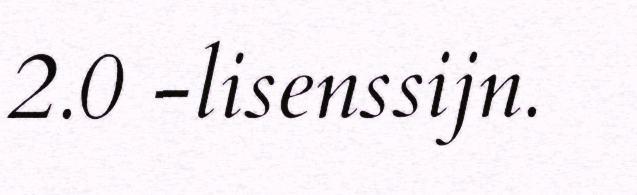
2.0 -lisenssijn.